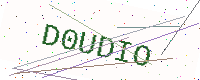
Text: D0UDIO